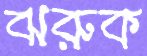
ঝরুক